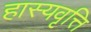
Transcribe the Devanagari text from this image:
हास्यवृत्ति